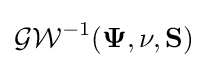
{\mathcal {GW}}^{-1}(\mathbf {\Psi } ,\nu ,\mathbf {S} )